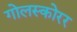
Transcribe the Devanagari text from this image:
गोलस्कोरर